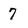
Character: 7